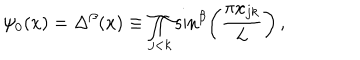
\psi _ { 0 } ( x ) = \Delta ^ { \beta } ( x ) \equiv \prod _ { j < k } \sin ^ { \beta } \left( \frac { \pi x _ { j k } } { L } \right) \, ,